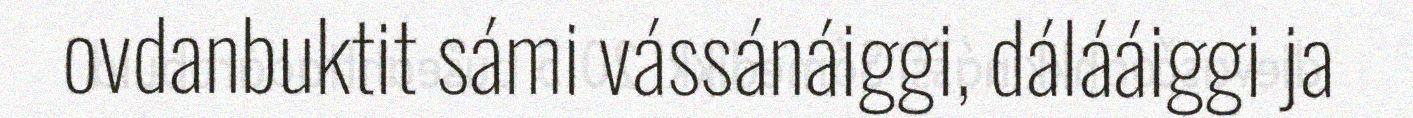
ovdanbuktit sámi vássánáiggi, dálááiggi ja